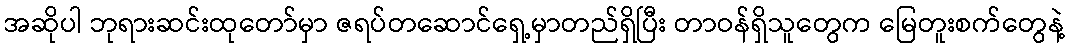
အဆိုပါ ဘုရားဆင်းထုတော်မှာ ဇရပ်တဆောင်ရှေ့မှာတည်ရှိပြီး တာဝန်ရှိသူတွေက မြေတူးစက်တွေနဲ့